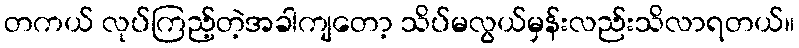
တကယ် လုပ်ကြည့်တဲ့အခါကျတော့ သိပ်မလွယ်မှန်းလည်းသိလာရတယ်။